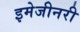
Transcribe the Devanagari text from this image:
इमेजीनरी